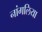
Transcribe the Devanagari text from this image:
नांगलिया